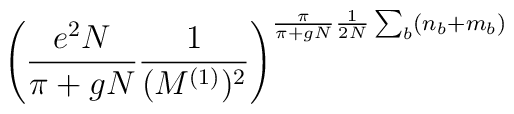
\left( \frac{e^2 N}{\pi+gN} \frac{1}{(M^{(1)})^2}\right)^{\frac{\pi}{\pi+gN} \frac{1}{2N} \sum_b (n_b + m_b)}